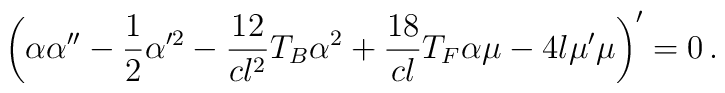
\left(\alpha \alpha'' - \frac 12 \alpha'^2 - \frac{12}{cl^2}T_B\alpha^2+ \frac{18}{cl}T_F\alpha \mu - 4l\mu' \mu\right)' = 0\,.